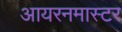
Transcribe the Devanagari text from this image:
आयरनमास्टर